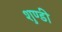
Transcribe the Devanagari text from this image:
शुण्डी